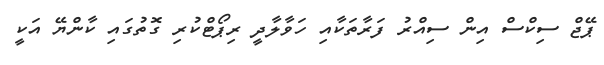
ޕޭޖް ސިކްސް އިން ސިއްރު ފަރާތަކާއި ހަވާލާދީ ރިޕޯޓްކުރި ގޮތުގައި ކާންޔޭ އަކީ